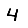
Digit: 4